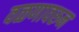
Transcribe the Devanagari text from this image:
वळणावरुन